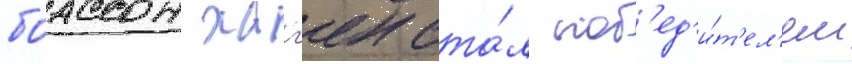
боассон хаг'ен ста́л поб'ед'и́т'ел'ем